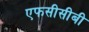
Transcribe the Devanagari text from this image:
एफसीसीबी